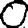
Digit: 0